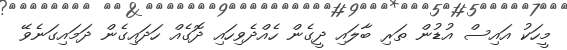
މީހަކު އައިސް އުޑުން ތަރި ބާލައި ދީގެން ހެއްދެވިހައި ދޮގެއް ހަދައިގެން ދަމައިގަނެވޭ